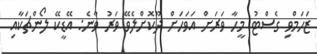
ޒަހަމްވި ގެސްޓު މީހާ ވަރަށް އަވަހަށް ދޫކޮށްލެވޭ ވަރު ވާނެ: އޭޑީކޭ ލޯންޗަކާއި